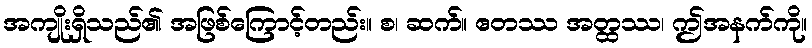
အကျိုးရှိသည်၏ အဖြစ်ကြောင့်တည်း။ စ၊ ဆက်။ ဧတဿ အတ္ထဿ၊ ဤအနက်ကို။